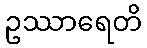
ဥဿာရေတိ